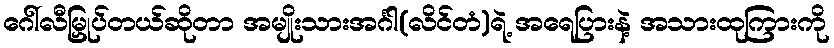
ဂေါ်လီမြှုပ်တယ်ဆိုတာ အမျိုးသားအင်္ဂါ(လိင်တံ)ရဲ့ အရေပြားနဲ့ အသားထုကြားကို